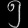
Digit: ၅